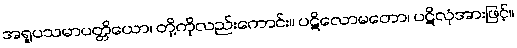
အရူပသမာပတ္တိယော၊ တို့ကိုလည်းကောင်း။ ပဋိလောမတော၊ ပဋိလုံအားဖြင့်။